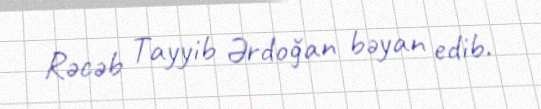
Rəcəb Tayyib Ərdoğan bəyan edib.